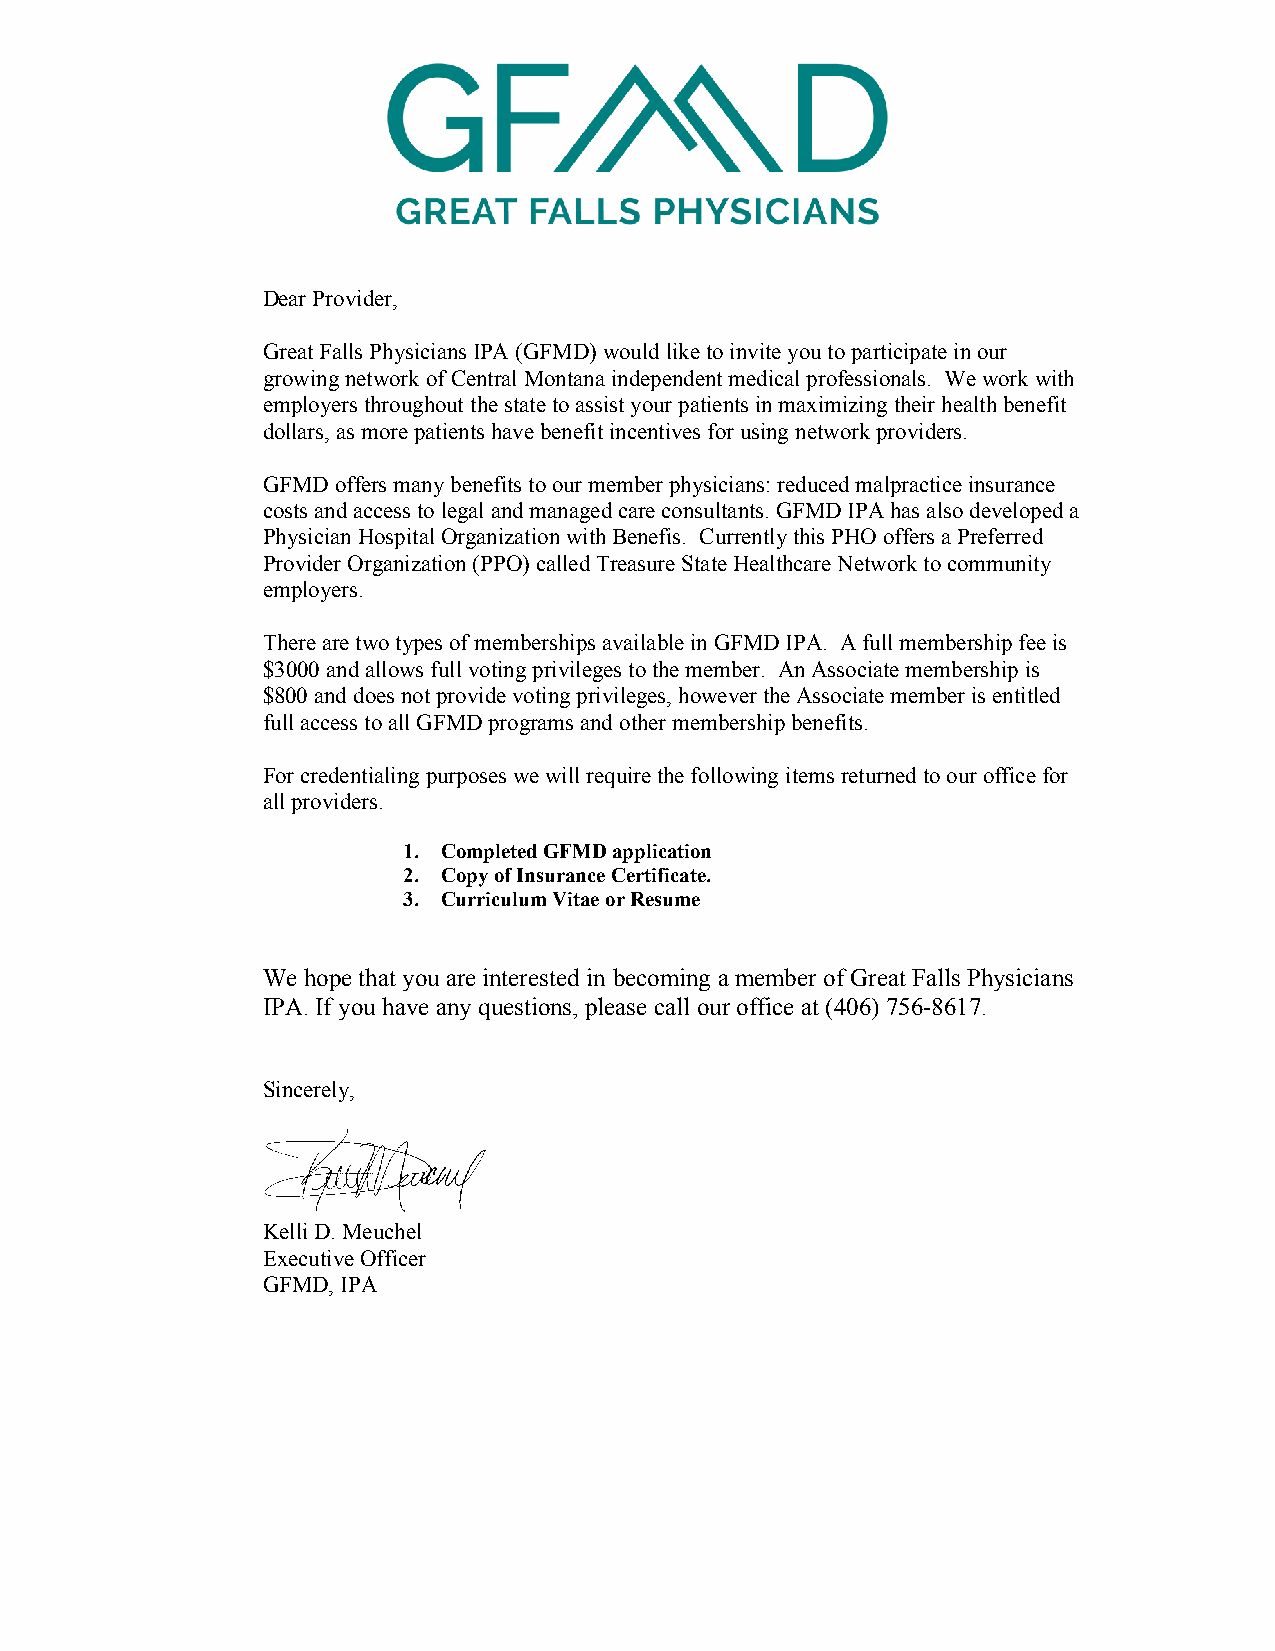
Dear Provider,
 Great Falls Physicians IPA (GFMD) would like to invite you to participate in our
 growing network of Central Montana independent medical professionals. We work with
 employers throughout the state to assist your patients in maximizing their health benefit
 dollars, as more patients have benefit incentives for using network providers.
 GFMD offers many benefits to our member physicians: reduced malpractice insurance
 costs and access to legal and managed care consultants. GFMD IPA has also developed a
 Physician Hospital Organization with Benefis. Currently this PHO offers a Preferred
 Provider Organization (PPO) called Treasure State Healthcare Network to community
 employers.
 There are two types of memberships available in GFMD IPA. A full membership fee is
 $3000 and allows full voting privileges to the member. An Associate membership is
 $800 and does not provide voting privileges, however the Associate member is entitled
 full access to all GFMD programs and other membership benefits.
 For credentialing purposes we will require the following items returned to our office for
 all providers.
 1. Completed GFMD application
 2. Copy of Insurance Certificate.
 3. Curriculum Vitae or Resume
 We hope that you are interested in becoming a member of Great Falls Physicians
 IPA. If you have any questions, please call our office at (406) 756-8617.
 Sincerely,
 Kelli D. Meuchel
 Executive Officer
 GFMD, IPA